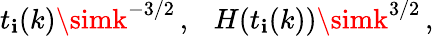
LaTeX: t_{\mathbf{i}}(k)\simk^{-3/2}\, ,~~~H(t_{\mathbf{i}}(k))\simk^{3/2}\, ,